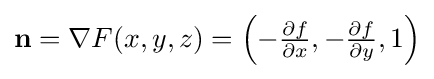
\mathbf {n} =\nabla F(x,y,z)=\left(-{\tfrac {\partial f}{\partial x}},-{\tfrac {\partial f}{\partial y}},1\right)